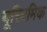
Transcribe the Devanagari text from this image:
यूरिदमिक